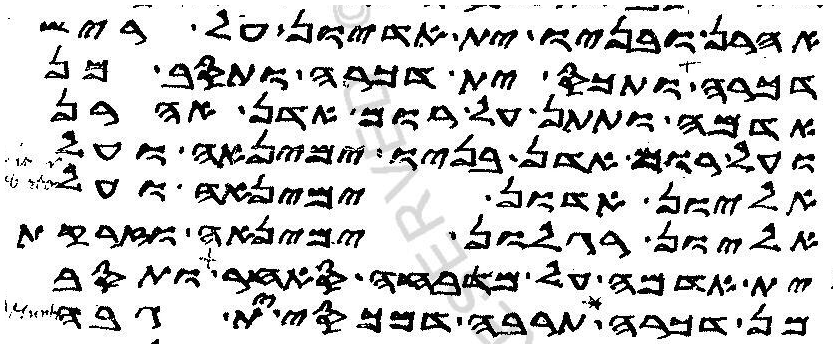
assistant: אהרן ובניו ית אדיון על ריש
דכרה ותכס ית דכרה ותסב מן
אדמה ותתן על רום אדן אהרן
ועל רום אדן בניו ימינאה ועל
אליון אדון ימינאה ועל
אליון רגלון ימינאה וזרקת
ית אדמה על מדבחה סאחר ותסב
כל תרבה דמכסי ית גבה